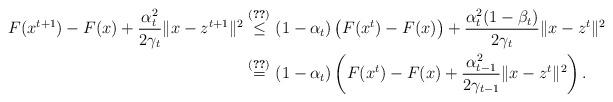
LaTeX: \begin{align*}F(x^{t+1})-F(x)+\frac{\alpha_t^2}{2\gamma_t}\|x-z^{t+1}\|^2\overset{\eqref{F-ineq}}{\leq}\ &(1-\alpha_t)\left(F(x^t)-F(x)\right)+\frac{\alpha_{t}^2(1-\beta_t)}{2\gamma_{t}}\|x-z^t\|^2\\\overset{\eqref{alpha-eqn}}{=}\ &(1-\alpha_t)\left(F(x^t)-F(x)+\frac{\alpha_{t-1}^2}{2\gamma_{t-1}}\|x-z^t\|^2\right).\end{align*}